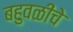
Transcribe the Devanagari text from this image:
बहुवळींचे